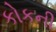
કોકની